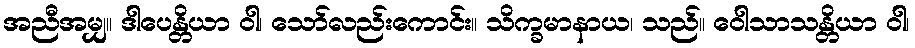
အညီအမျှ။ ဒါပေန္တိယာ ဝါ၊ သော်လည်းကောင်း။ သိက္ခမာနာယ၊ သည်။ ဝေါသာသန္တိယာ ဝါ၊